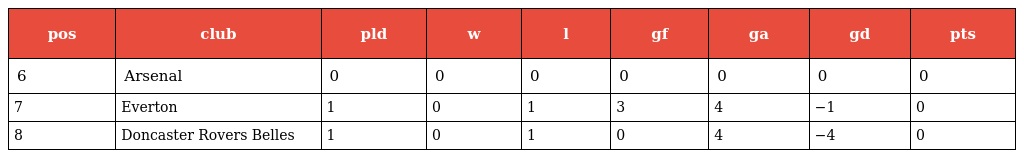
| pos | club | pld | w | l | gf | ga | gd | pts |
 | --- | --- | --- | --- | --- | --- | --- | --- | --- |
 | 6 | Arsenal | 0 | 0 | 0 | 0 | 0 | 0 | 0 |
 | 7 | Everton | 1 | 0 | 1 | 3 | 4 | −1 | 0 |
 | 8 | Doncaster Rovers Belles | 1 | 0 | 1 | 0 | 4 | −4 | 0 |